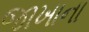
જાખાના